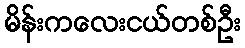
မိန်းကလေးငယ်တစ်ဦး